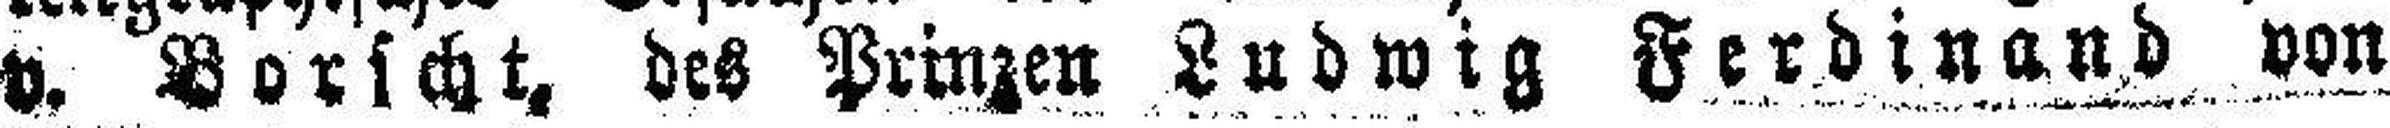
v. Boricht, des Prinzen Ludwig Ferdinand von